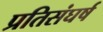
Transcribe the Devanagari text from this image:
प्रतिसंघर्ष